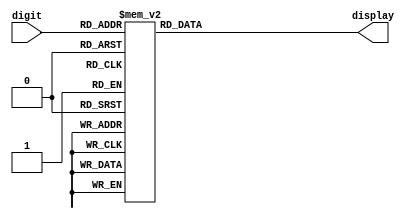
// This program was cloned from: https://github.com/sanojn/tt06_ttrpg_dice
// License: Apache License 2.0

module seg7_digitsonly(
  input  [3:0] digit,
  output reg [6:0] display // Segments g through a, in that order
);

  always @(*) begin
    case (digit)
      4'd0 :   display = 7'b0111111;
      4'd1 :   display = 7'b0000110;
      4'd2 :   display = 7'b1011011;
      4'd3 :   display = 7'b1001111;
      4'd4 :   display = 7'b1100110;
      4'd5 :   display = 7'b1101101;
      4'd6 :   display = 7'b1111101;
      4'd7 :   display = 7'b0000111;
      4'd8 :   display = 7'b1111111;
      4'd9 :   display = 7'b1101111;
      default: display = 7'bxxxxxxx;
    endcase  
  end

endmodule